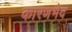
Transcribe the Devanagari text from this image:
कारणभेद